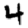
Digit: 4